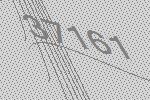
37161